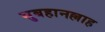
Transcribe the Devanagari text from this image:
सुबहानल्लाह